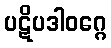
ပဋိပဒါဝဂ္ဂေ